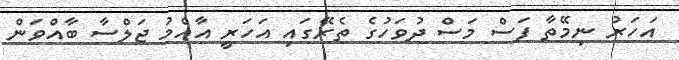
އަހަރު ނިމޭތާ ފަސް މަސް ދުވަހުގެ ތެރޭގައި އަހަރީ އާއްމު ޖަލްސާ ބާއްވަން